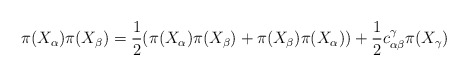
\begin{align*}\pi(X_\alpha)\pi(X_\beta) = \frac{1}{2}(\pi(X_\alpha)\pi(X_\beta)+\pi(X_\beta)\pi(X_\alpha)) + \frac{1}{2}c_{\alpha\beta}^\gamma \pi(X_\gamma)\end{align*}